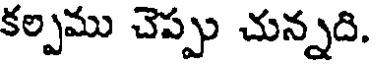
కల్పము చెప్పు చున్నది.